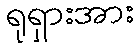
ရုရှားအား